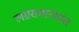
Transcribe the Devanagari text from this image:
लग्नसमारंभांत